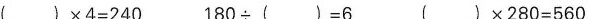
$$( ) \times 4 = 2 4 0$$ $$1 8 0 \div ( ) = 6$$ $$( ) \times 2 8 0 = 5 6 0$$